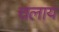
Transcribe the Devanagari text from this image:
चलाय